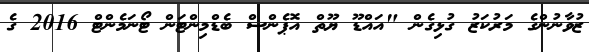
ޒުވާނުންގެ މަރުކަޒު ގުޅިގެން "އައްޑޫ ޔޫތް އޮޕެންސް ބެޑްމިންޓަން ޓޯނަމެންޓް 2016 ގެ